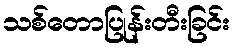
သစ်တောပြုန်းတီးခြင်း